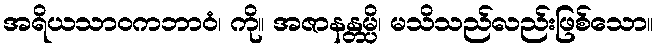
အရိယသာဝကဘာဝံ၊ ကို။ အဇာနန္တမ္ပိ၊ မသိသည်လည်းဖြစ်သော။